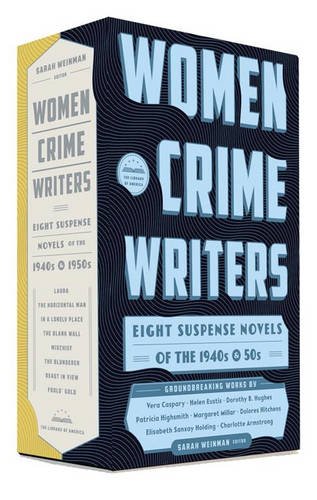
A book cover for Women Crime Writers: Eight Suspense Novels of the 1940s & 50s: A Library of America Boxed Set; Sarah Weinman; Mystery, Thriller & Suspense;